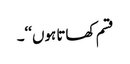
قسم کھاتا ہوں‘‘۔